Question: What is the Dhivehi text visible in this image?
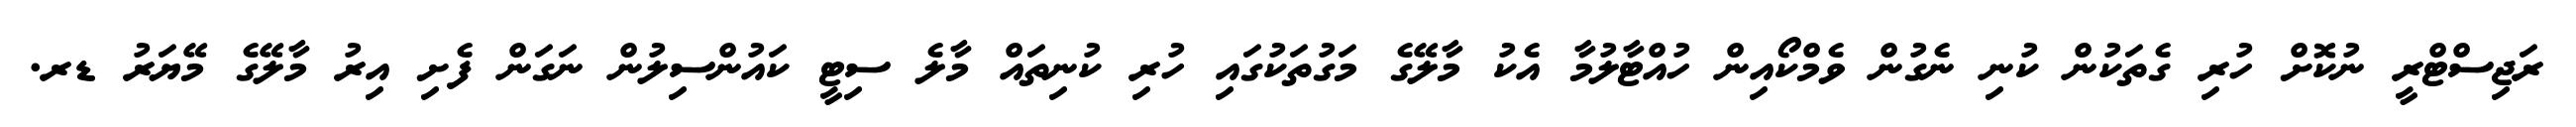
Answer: ރަޖިސްޓްރީ ނުކޮށް ހުރި ގެތަކުން ކުނި ނެގުން ވެމްކޯއިން ހުއްޓާލުމާ އެކު މާލޭގެ މަގުތަކުގައި ހުރި ކުނިތައް މާލެ ސިޓީ ކައުންސިލުން ނަގަން ފެށި އިރު މާލޭގެ މޭޔަރު ޑރ.